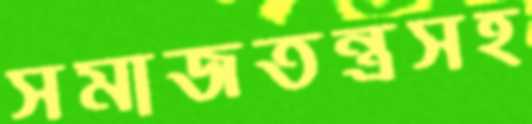
সমাজতন্ত্রসহ